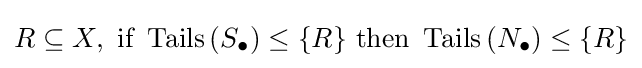
R\subseteq X,{\text{ if }}\operatorname {Tails} \left(S_{\bullet }\right)\leq \{R\}{\text{ then }}\operatorname {Tails} \left(N_{\bullet }\right)\leq \{R\}